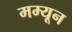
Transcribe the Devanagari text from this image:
मम्यून